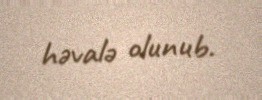
həvalə olunub.